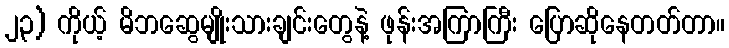
၂၃) ကိုယ့် မိဘဆွေမျိုးသားချင်းတွေနဲ့ ဖုန်းအကြာကြီး ပြောဆိုနေတတ်တာ။